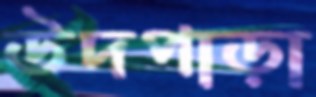
উদপাড়া